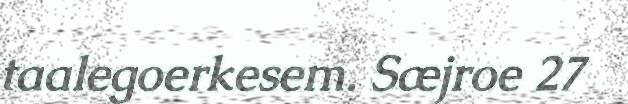
taalegoerkesem. Sæjroe 27